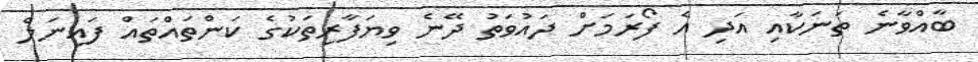
ބާއްވާނެ ތަނަކާއި އަދި އެ ފޯރަމަށް ދައުވަތު ދޭނެ ވިޔަފާރިތަކުގެ ކަންތައްތައް ފައިނަލް